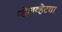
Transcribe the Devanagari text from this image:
व्हेलव्हेटचा